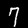
Label: 7